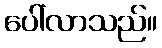
ပေါ်လာသည်။